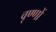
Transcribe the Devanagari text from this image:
वृण्णों